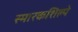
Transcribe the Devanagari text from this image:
स्मारकशिल्पे